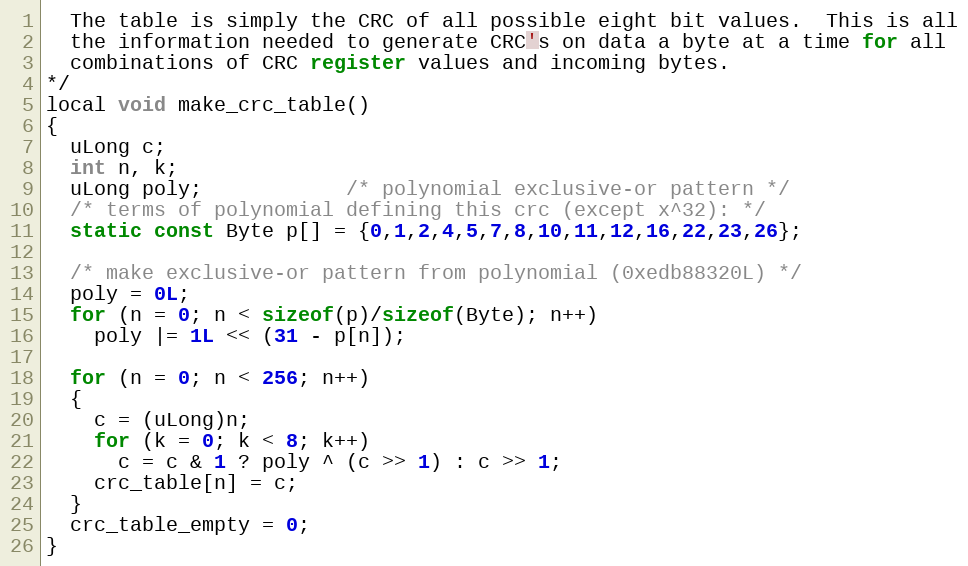
Language: C
  The table is simply the CRC of all possible eight bit values.  This is all
  the information needed to generate CRC's on data a byte at a time for all
  combinations of CRC register values and incoming bytes.
*/
local void make_crc_table()
{
  uLong c;
  int n, k;
  uLong poly;            /* polynomial exclusive-or pattern */
  /* terms of polynomial defining this crc (except x^32): */
  static const Byte p[] = {0,1,2,4,5,7,8,10,11,12,16,22,23,26};

  /* make exclusive-or pattern from polynomial (0xedb88320L) */
  poly = 0L;
  for (n = 0; n < sizeof(p)/sizeof(Byte); n++)
    poly |= 1L << (31 - p[n]);

  for (n = 0; n < 256; n++)
  {
    c = (uLong)n;
    for (k = 0; k < 8; k++)
      c = c & 1 ? poly ^ (c >> 1) : c >> 1;
    crc_table[n] = c;
  }
  crc_table_empty = 0;
}